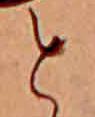
と